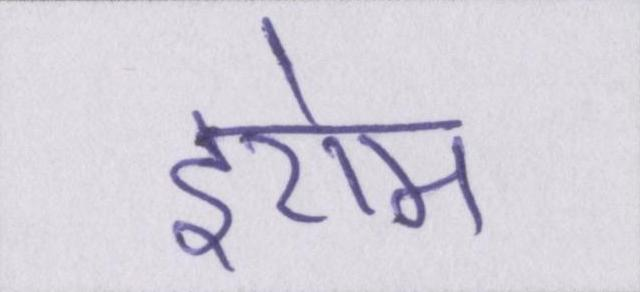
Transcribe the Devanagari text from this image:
इरोम